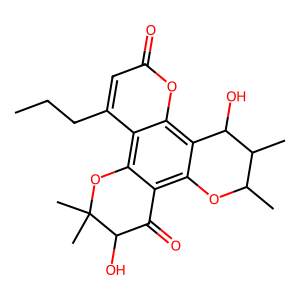
SMILES: CCCc1cc(=O)oc2c3c(c4c(c12)OC(C)(C)C(O)C4=O)OC(C)C(C)C3O
Inhibits HIV replication: No